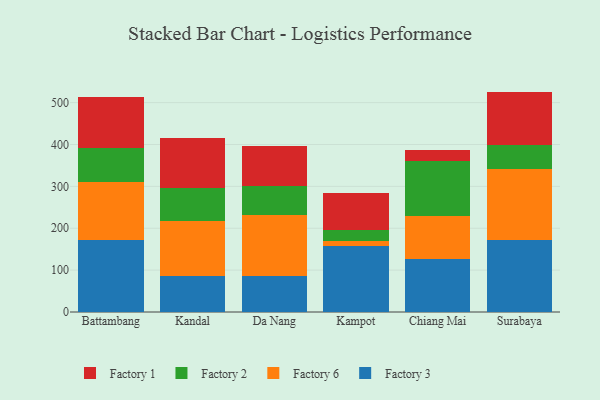
{"axis": {"x": "City", "y": "Demand Index"}, "legend": ["Factory 1", "Factory 2", "Factory 3", "Factory 6"], "data": [{"x": "Battambang", "y": 172.7, "type": "Factory 3"}, {"x": "Battambang", "y": 138.1, "type": "Factory 6"}, {"x": "Battambang", "y": 81.1, "type": "Factory 2"}, {"x": "Battambang", "y": 121.1, "type": "Factory 1"}, {"x": "Kandal", "y": 86.6, "type": "Factory 3"}, {"x": "Kandal", "y": 130.0, "type": "Factory 6"}, {"x": "Kandal", "y": 79.2, "type": "Factory 2"}, {"x": "Kandal", "y": 120.9, "type": "Factory 1"}, {"x": "Da Nang", "y": 85.6, "type": "Factory 3"}, {"x": "Da Nang", "y": 145.7, "type": "Factory 6"}, {"x": "Da Nang", "y": 68.9, "type": "Factory 2"}, {"x": "Da Nang", "y": 95.2, "type": "Factory 1"}, {"x": "Kampot", "y": 157.6, "type": "Factory 3"}, {"x": "Kampot", "y": 11.3, "type": "Factory 6"}, {"x": "Kampot", "y": 27.5, "type": "Factory 2"}, {"x": "Kampot", "y": 86.6, "type": "Factory 1"}, {"x": "Chiang Mai", "y": 127.7, "type": "Factory 3"}, {"x": "Chiang Mai", "y": 102.2, "type": "Factory 6"}, {"x": "Chiang Mai", "y": 130.0, "type": "Factory 2"}, {"x": "Chiang Mai", "y": 26.5, "type": "Factory 1"}, {"x": "Surabaya", "y": 171.3, "type": "Factory 3"}, {"x": "Surabaya", "y": 170.1, "type": "Factory 6"}, {"x": "Surabaya", "y": 56.7, "type": "Factory 2"}, {"x": "Surabaya", "y": 128.2, "type": "Factory 1"}]}